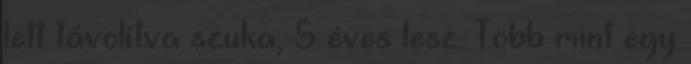
lett távolítva szuka, 5 éves lesz. Több mint egy